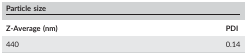
<table><thead><tr><td colspan="2"><b>Particle size</b></td></tr></thead><tbody><tr><td><b>Z‐Average (nm)</b></td><td><b>PDI</b></td></tr><tr><td>440</td><td>0.14</td></tr></tbody></table>